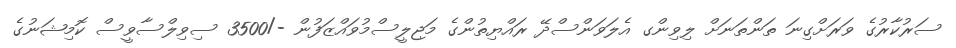
ސަރުކާރުގެ ވަރަށްގިނަ ތަންތަނަށް ލިވިންގ އެލަވަންސްދޭ ރައްޔިތުންގެ މަޖިލީސްމުވައްޒަފުން -/3500 ސިވިލްސާވީސް ކޮމިޝަނުގެ